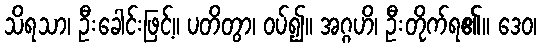
သိရသာ၊ ဦးခေါင်းဖြင့်။ ပတိတွာ၊ ဝပ်၍။ အဂ္ဂဟိ၊ ဦးတိုက်ရ၏။ ဒေဝ၊